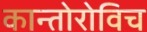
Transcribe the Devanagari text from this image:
कान्तोरोविच